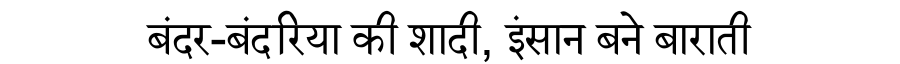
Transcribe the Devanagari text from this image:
बंदर-बंदरिया की शादी, इंसान बने बाराती